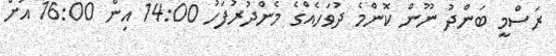
ރަސްމީ ބަންދު ނޫން ކޮންމެ ދުވަހެއްގެ މެންދުރުފަހު 14:00 އިން 16:00 އަށް